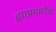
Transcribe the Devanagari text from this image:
ह्याप्रमाणेंच